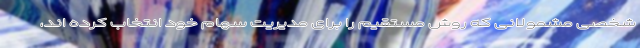
شخصی مشمولانی که روش مستقیم را برای مدیریت سهام خود انتخاب کرده اند،